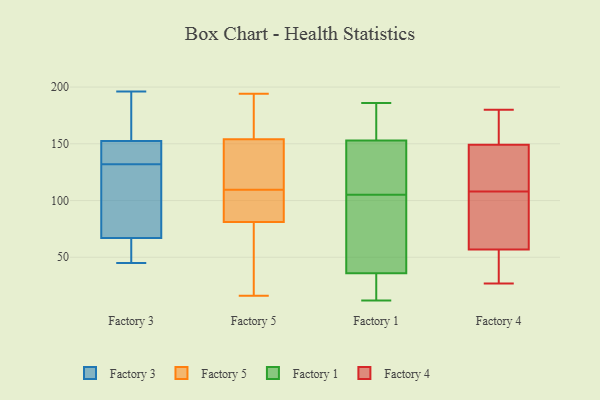
{"axis": {"x": "Temperature (°C)", "y": "Value"}, "legend": ["Factory 1", "Factory 3", "Factory 4", "Factory 5"], "data": [{"x": "", "y": 65, "type": "Factory 3"}, {"x": "", "y": 146, "type": "Factory 3"}, {"x": "", "y": 58, "type": "Factory 3"}, {"x": "", "y": 45, "type": "Factory 3"}, {"x": "", "y": 151, "type": "Factory 3"}, {"x": "", "y": 94, "type": "Factory 3"}, {"x": "", "y": 163, "type": "Factory 3"}, {"x": "", "y": 98, "type": "Factory 3"}, {"x": "", "y": 177, "type": "Factory 3"}, {"x": "", "y": 132, "type": "Factory 3"}, {"x": "", "y": 196, "type": "Factory 3"}, {"x": "", "y": 153, "type": "Factory 3"}, {"x": "", "y": 138, "type": "Factory 3"}, {"x": "", "y": 46, "type": "Factory 3"}, {"x": "", "y": 73, "type": "Factory 3"}, {"x": "", "y": 41, "type": "Factory 5"}, {"x": "", "y": 185, "type": "Factory 5"}, {"x": "", "y": 120, "type": "Factory 5"}, {"x": "", "y": 76, "type": "Factory 5"}, {"x": "", "y": 88, "type": "Factory 5"}, {"x": "", "y": 16, "type": "Factory 5"}, {"x": "", "y": 194, "type": "Factory 5"}, {"x": "", "y": 191, "type": "Factory 5"}, {"x": "", "y": 123, "type": "Factory 5"}, {"x": "", "y": 101, "type": "Factory 5"}, {"x": "", "y": 118, "type": "Factory 5"}, {"x": "", "y": 86, "type": "Factory 5"}, {"x": "", "y": 127, "type": "Factory 1"}, {"x": "", "y": 42, "type": "Factory 1"}, {"x": "", "y": 186, "type": "Factory 1"}, {"x": "", "y": 105, "type": "Factory 1"}, {"x": "", "y": 34, "type": "Factory 1"}, {"x": "", "y": 135, "type": "Factory 1"}, {"x": "", "y": 159, "type": "Factory 1"}, {"x": "", "y": 12, "type": "Factory 1"}, {"x": "", "y": 75, "type": "Factory 1"}, {"x": "", "y": 184, "type": "Factory 1"}, {"x": "", "y": 21, "type": "Factory 1"}, {"x": "", "y": 108, "type": "Factory 4"}, {"x": "", "y": 106, "type": "Factory 4"}, {"x": "", "y": 35, "type": "Factory 4"}, {"x": "", "y": 34, "type": "Factory 4"}, {"x": "", "y": 139, "type": "Factory 4"}, {"x": "", "y": 142, "type": "Factory 4"}, {"x": "", "y": 64, "type": "Factory 4"}, {"x": "", "y": 94, "type": "Factory 4"}, {"x": "", "y": 138, "type": "Factory 4"}, {"x": "", "y": 27, "type": "Factory 4"}, {"x": "", "y": 180, "type": "Factory 4"}, {"x": "", "y": 174, "type": "Factory 4"}, {"x": "", "y": 171, "type": "Factory 4"}]}